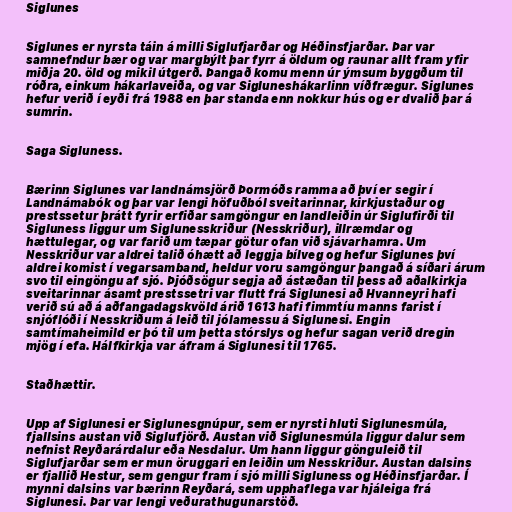
Siglunes

Siglunes er nyrsta táin á milli Siglufjarðar og Héðinsfjarðar. Þar var
samnefndur bær og var margbýlt þar fyrr á öldum og raunar allt fram yfir
miðja 20. öld og mikil útgerð. Þangað komu menn úr ýmsum byggðum til
róðra, einkum hákarlaveiða, og var Sigluneshákarlinn víðfrægur. Siglunes
hefur verið í eyði frá 1988 en þar standa enn nokkur hús og er dvalið þar á
sumrin.

Saga Sigluness.

Bærinn Siglunes var landnámsjörð Þormóðs ramma að því er segir í
Landnámabók og þar var lengi höfuðból sveitarinnar, kirkjustaður og
prestssetur þrátt fyrir erfiðar samgöngur en landleiðin úr Siglufirði til
Sigluness liggur um Siglunesskriður (Nesskriður), illræmdar og
hættulegar, og var farið um tæpar götur ofan við sjávarhamra. Um
Nesskriður var aldrei talið óhætt að leggja bílveg og hefur Siglunes því
aldrei komist í vegarsamband, heldur voru samgöngur þangað á síðari árum
svo til eingöngu af sjó. Þjóðsögur segja að ástæðan til þess að aðalkirkja
sveitarinnar ásamt prestssetri var flutt frá Siglunesi að Hvanneyri hafi
verið sú að á aðfangadagskvöld árið 1613 hafi fimmtíu manns farist í
snjóflóði í Nesskriðum á leið til jólamessu á Siglunesi. Engin
samtímaheimild er þó til um þetta stórslys og hefur sagan verið dregin
mjög í efa. Hálfkirkja var áfram á Siglunesi til 1765.

Staðhættir.

Upp af Siglunesi er Siglunesgnúpur, sem er nyrsti hluti Siglunesmúla,
fjallsins austan við Siglufjörð. Austan við Siglunesmúla liggur dalur sem
nefnist Reyðarárdalur eða Nesdalur. Um hann liggur gönguleið til
Siglufjarðar sem er mun öruggari en leiðin um Nesskriður. Austan dalsins
er fjallið Hestur, sem gengur fram í sjó milli Sigluness og Héðinsfjarðar. Í
mynni dalsins var bærinn Reyðará, sem upphaflega var hjáleiga frá
Siglunesi. Þar var lengi veðurathugunarstöð.